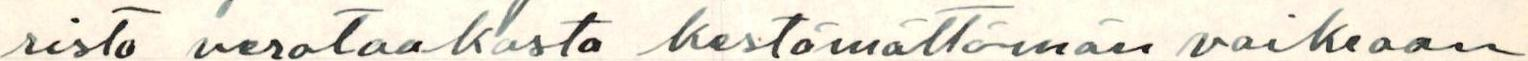
risto verotaakasta kestämättömän vaikeaan